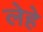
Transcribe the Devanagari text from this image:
लेहे